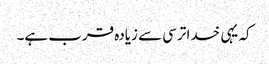
کہ یہی خدا ترسی سے زیادہ قرب ہے۔